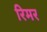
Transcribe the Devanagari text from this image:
रिमर